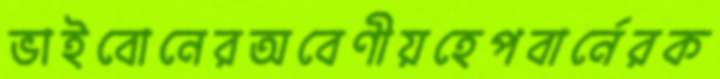
ভাইবোনেরঅবেণীয়হেপবার্নেরক